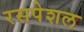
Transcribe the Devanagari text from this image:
रसपेशल